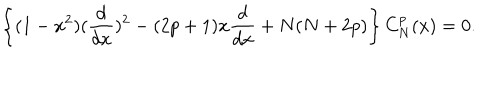
\left\{ ( 1 - x ^ { 2 } ) ( { \frac { d } { d x } } ) ^ { 2 } - ( 2 p + 1 ) x { \frac { d } { d x } } + N ( N + 2 p ) \right\} C _ { N } ^ { p } ( x ) = 0 .